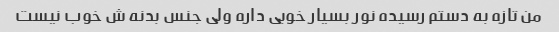
من تازه به دستم رسیده نور بسیار خوبی داره ولی جنس بدنه ش خوب نیست